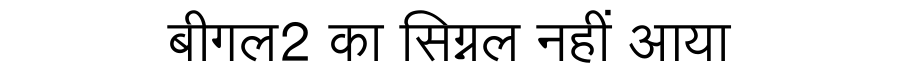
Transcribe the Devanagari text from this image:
बीगल2 का सिग्नल नहीं आया